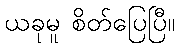
ယခုမူ စိတ်ပြေပြီ။